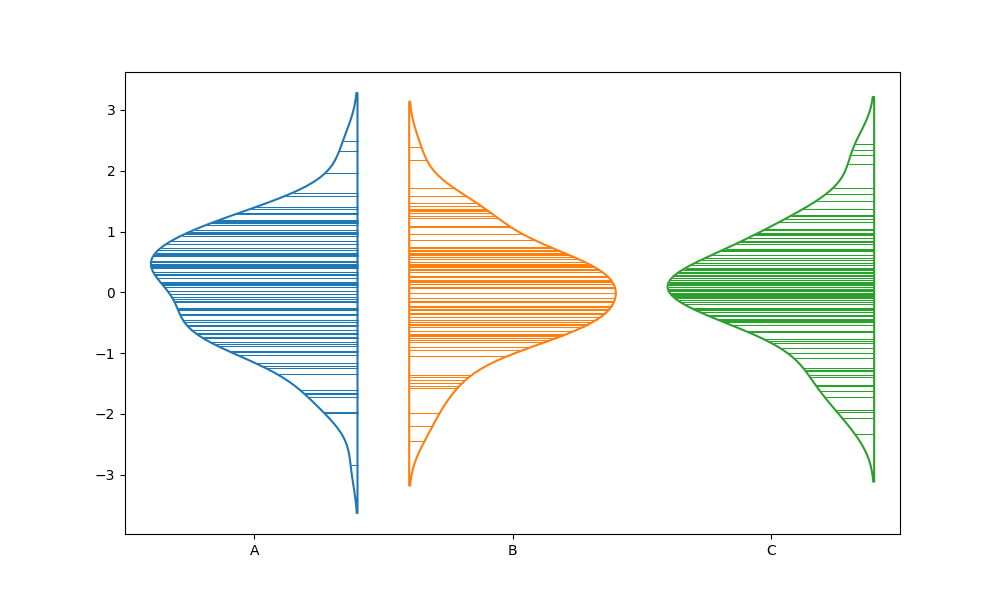
python, seaborn, violinplot, scale='area', split='True', inner='stick', fill='False'